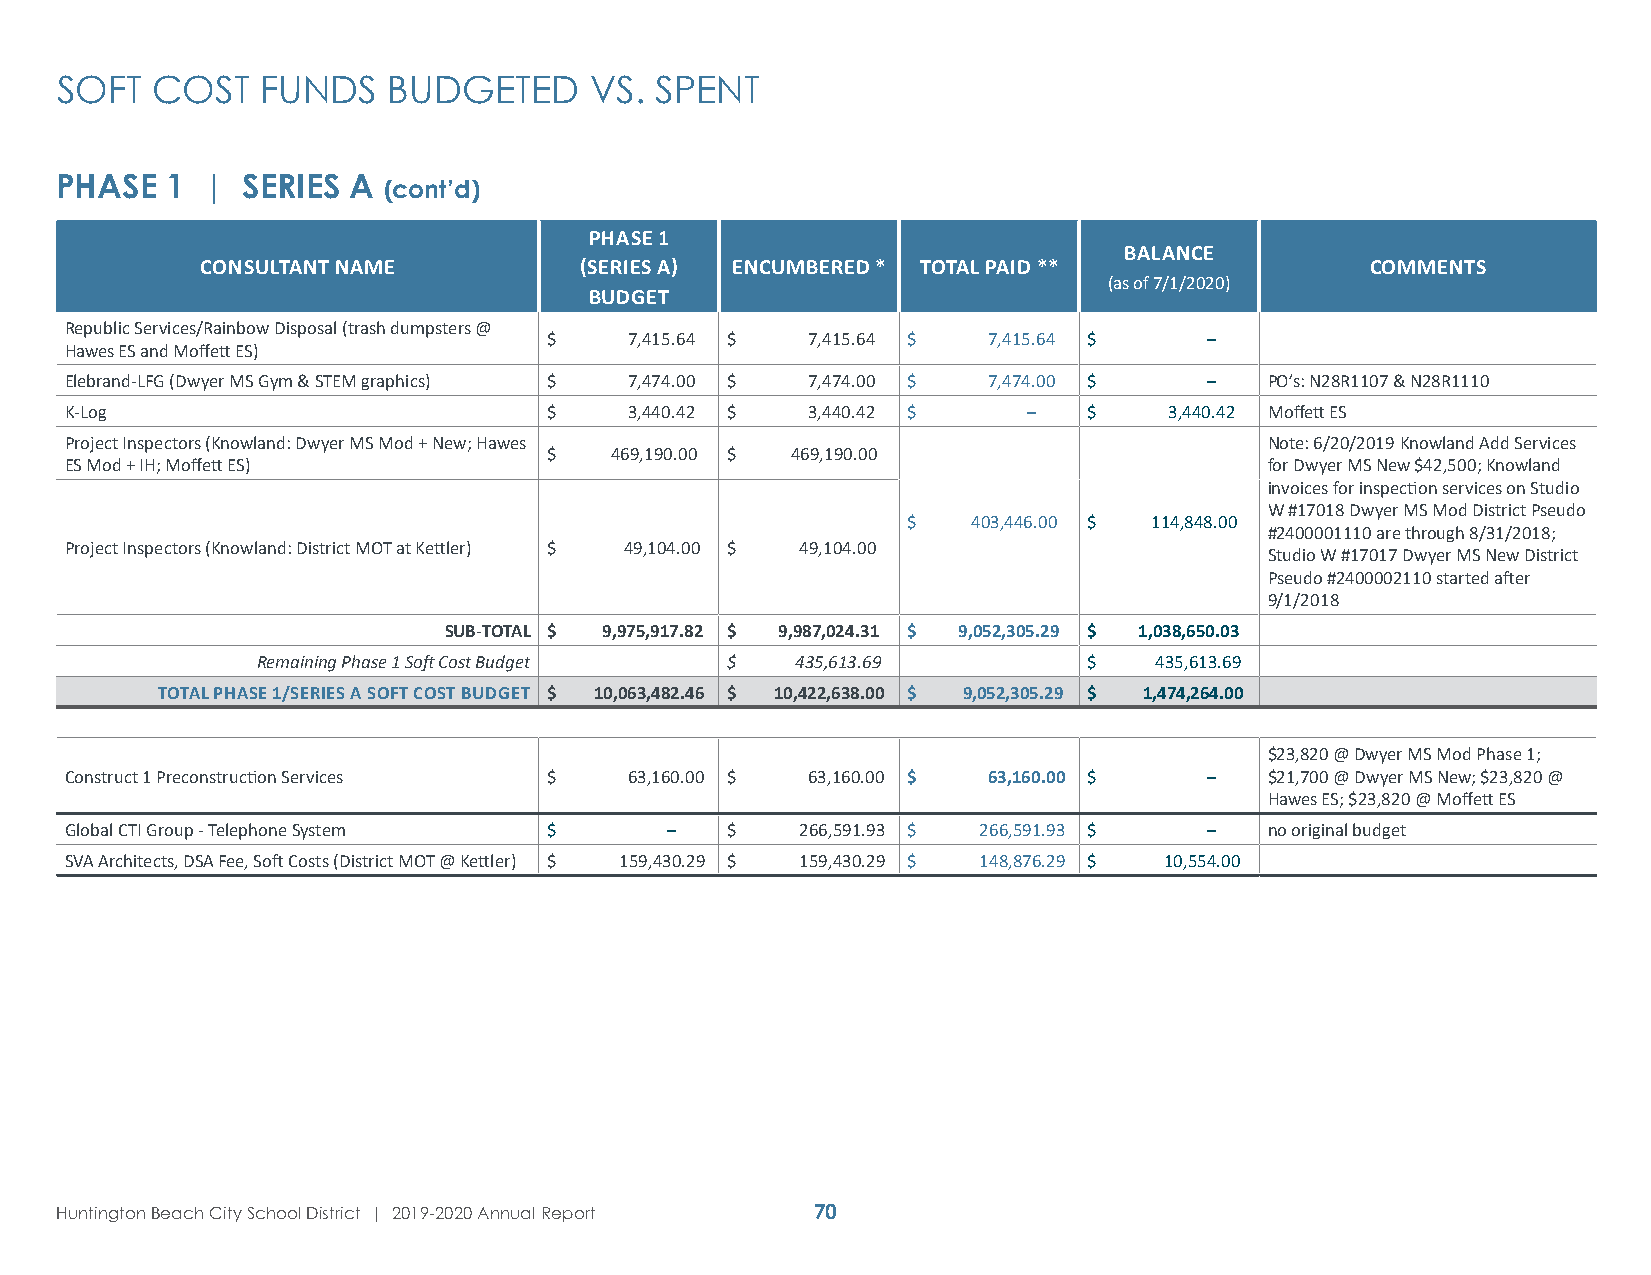
SOFT  COST   FUNDS    BUDGETED     VS. SPENT
 PHASE  1 |  SERIES A (cont’d)
 PHASE 1
 BALANCE
 CONSULTANT NAME          (SERIES A) ENCUMBERED * TOTAL PAID **                COMMENTS
 (as of 7/1/2020)
 BUDGET
 Republic Services/Rainbow Disposal (trash dumpsters @
 $     7,415.64 $  7,415.64 $ 7,415.64 $     –
 Hawes ES and Moffett ES)
 Elebrand-LFG (Dwyer MS Gym & STEM graphics) $ 7,474.00 $ 7,474.00 $ 7,474.00 $ – PO’s: N28R1107 & N28R1110
 K-Log                           $     3,440.42 $  3,440.42 $    –   $    3,440.42 Moffett ES
 Project Inspectors (Knowland: Dwyer MS Mod + New; Hawes                         Note: 6/20/2019 Knowland Add Services
 $   469,190.00 $ 469,190.00
 ES Mod + IH; Moffett ES)                                                        for Dwyer MS New $42,500; Knowland
 invoices for inspection services on Studio
 W #17018 Dwyer MS Mod District Pseudo
 $   403,446.00 $ 114,848.00
 #2400001110 are through 8/31/2018;
 Project Inspectors (Knowland: District MOT at Kettler) $ 49,104.00 $ 49,104.00
 Studio W #17017 Dwyer MS New District
 Pseudo #2400002110 started after
 9/1/2018
 SUB-TOTAL $ 9,975,917.82 $ 9,987,024.31 $ 9,052,305.29 $ 1,038,650.03
 Remaining Phase 1 Soft Cost Budget $ 435,613.69        $    435,613.69
 TOTAL PHASE 1/SERIES A SOFT COST BUDGET $ 10,063,482.46 $ 10,422,638.00 $ 9,052,305.29 $ 1,474,264.00
 $23,820 @ Dwyer MS Mod Phase 1;
 Construct 1 Preconstruction Services $ 63,160.00 $ 63,160.00 $ 63,160.00 $  –   $21,700 @ Dwyer MS New; $23,820 @
 Hawes ES; $23,820 @ Moffett ES
 Global CTI Group - Telephone System $   –   $    266,591.93 $ 266,591.93 $  –   no original budget
 SVA Architects, DSA Fee, Soft Costs (District MOT @ Kettler) $ 159,430.29 $ 159,430.29 $ 148,876.29 $ 10,554.00
 Huntington Beach City School District | 2019-2020 Annual Report 70